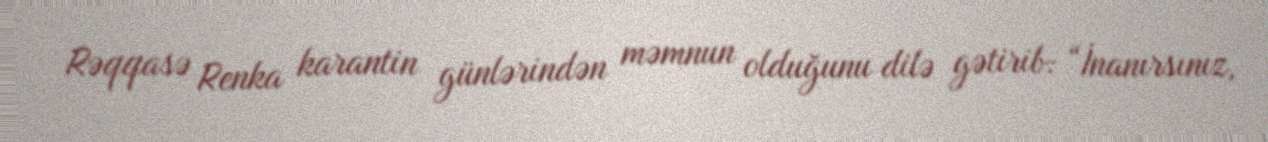
Rəqqasə Renka karantin günlərindən məmnun olduğunu dilə gətirib: “İnanırsınız,